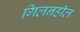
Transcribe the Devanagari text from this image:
गिलनहॉल